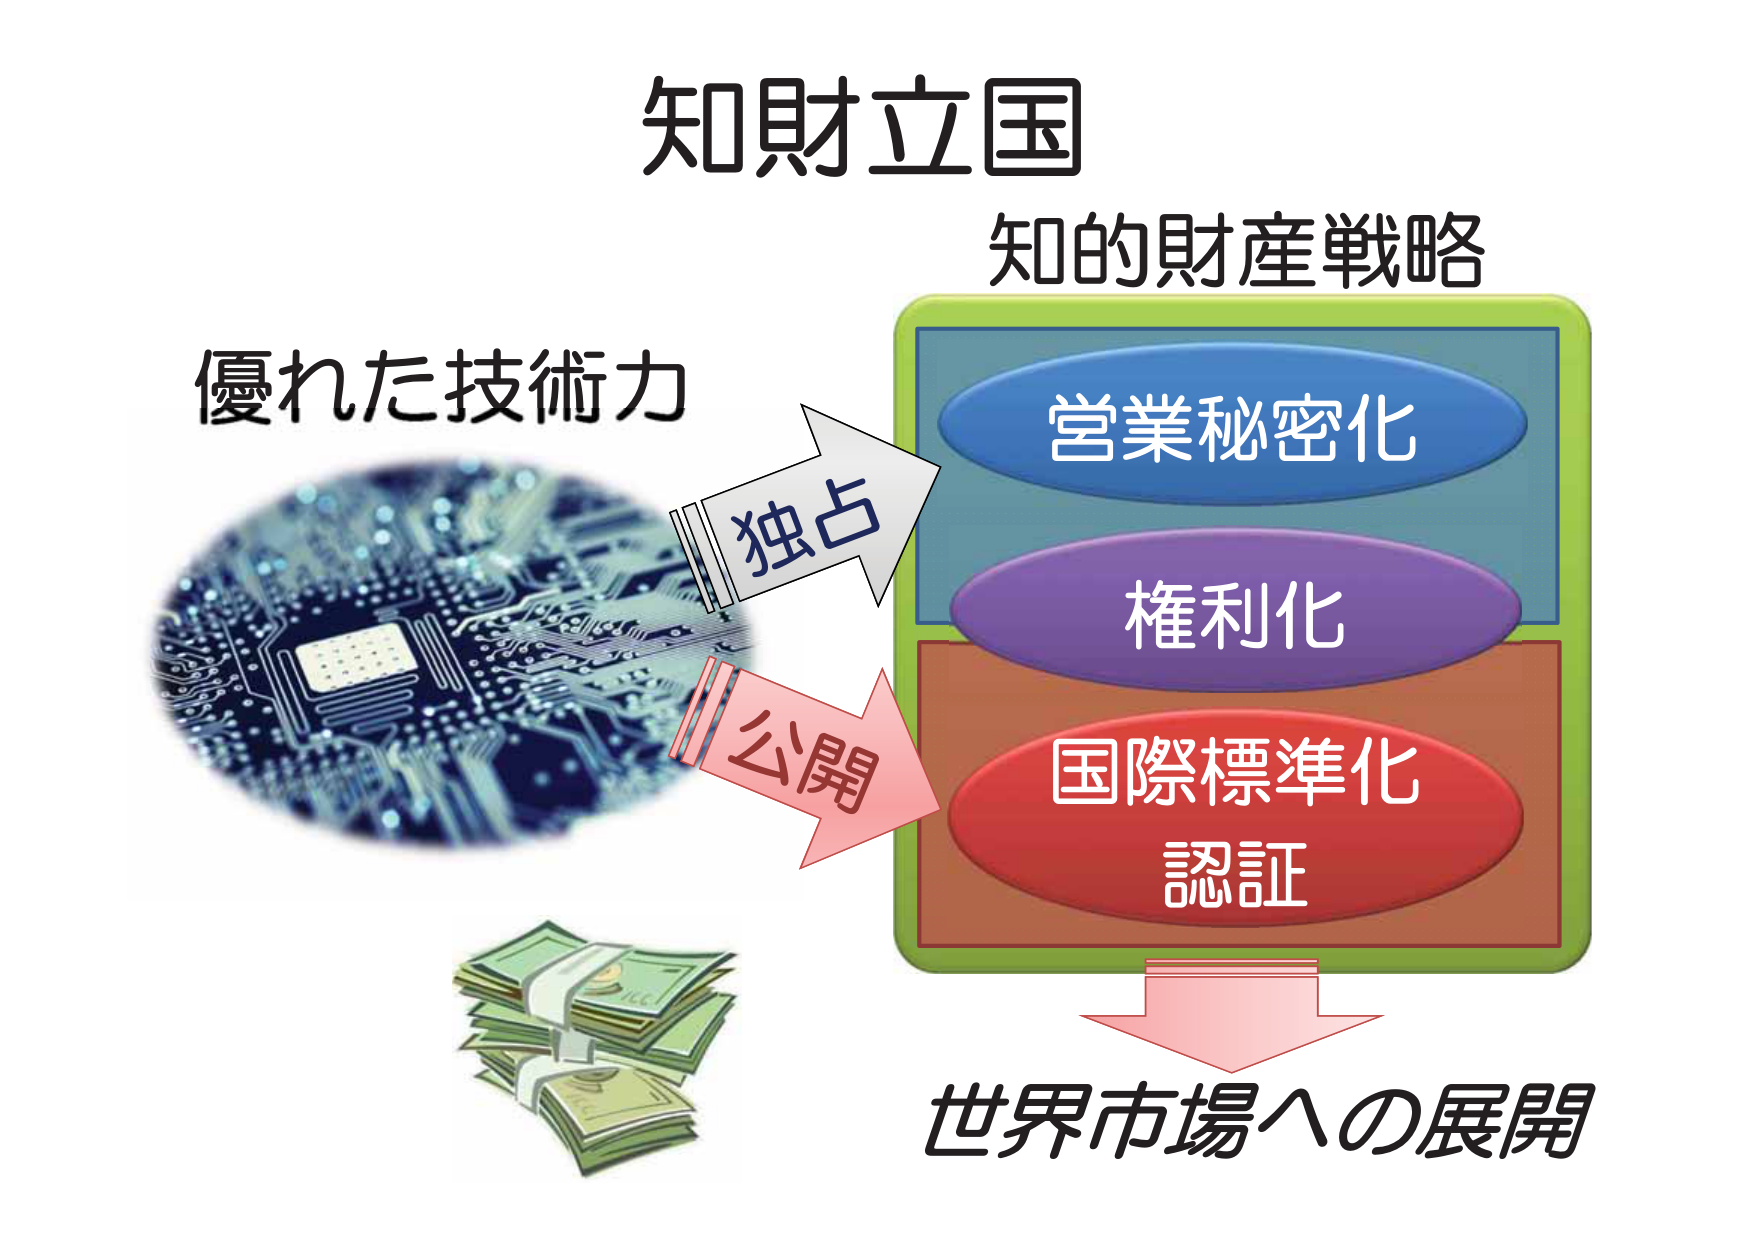
知財立国
知的財産戦略
優れた技術力
独占
公開
営業秘密化
権利化
国際標準化
認証
世界市場への展開